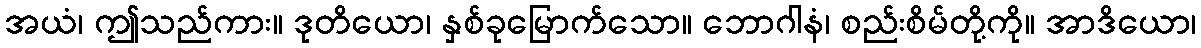
အယံ၊ ဤသည်ကား။ ဒုတိယော၊ နှစ်ခုမြောက်သော။ ဘောဂါနံ၊ စည်းစိမ်တို့ကို။ အာဒိယော၊